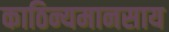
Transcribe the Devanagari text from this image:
काठिन्यमानसाय